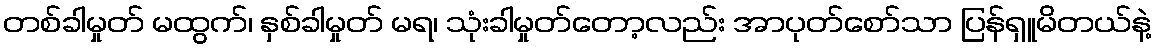
တစ်ခါမှုတ် မထွက်၊ နှစ်ခါမှုတ် မရ၊ သုံးခါမှုတ်တော့လည်း အာပုတ်စော်သာ ပြန်ရှူမိတယ်နဲ့